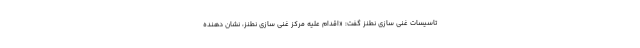
تاسیسات غنی سازی نطنز گفت: «اقدام علیه مرکز غنی سازی نطنز، نشان دهنده